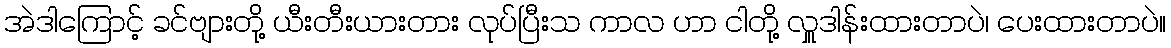
အဲဒါကြောင့် ခင်ဗျားတို့ ယီးတီးယားတား လုပ်ပြီးသ ကာလ ဟာ ငါတို့ လှူဒါန်းထားတာပဲ၊ ပေးထားတာပဲ။